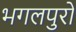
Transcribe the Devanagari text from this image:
भगलपुरो